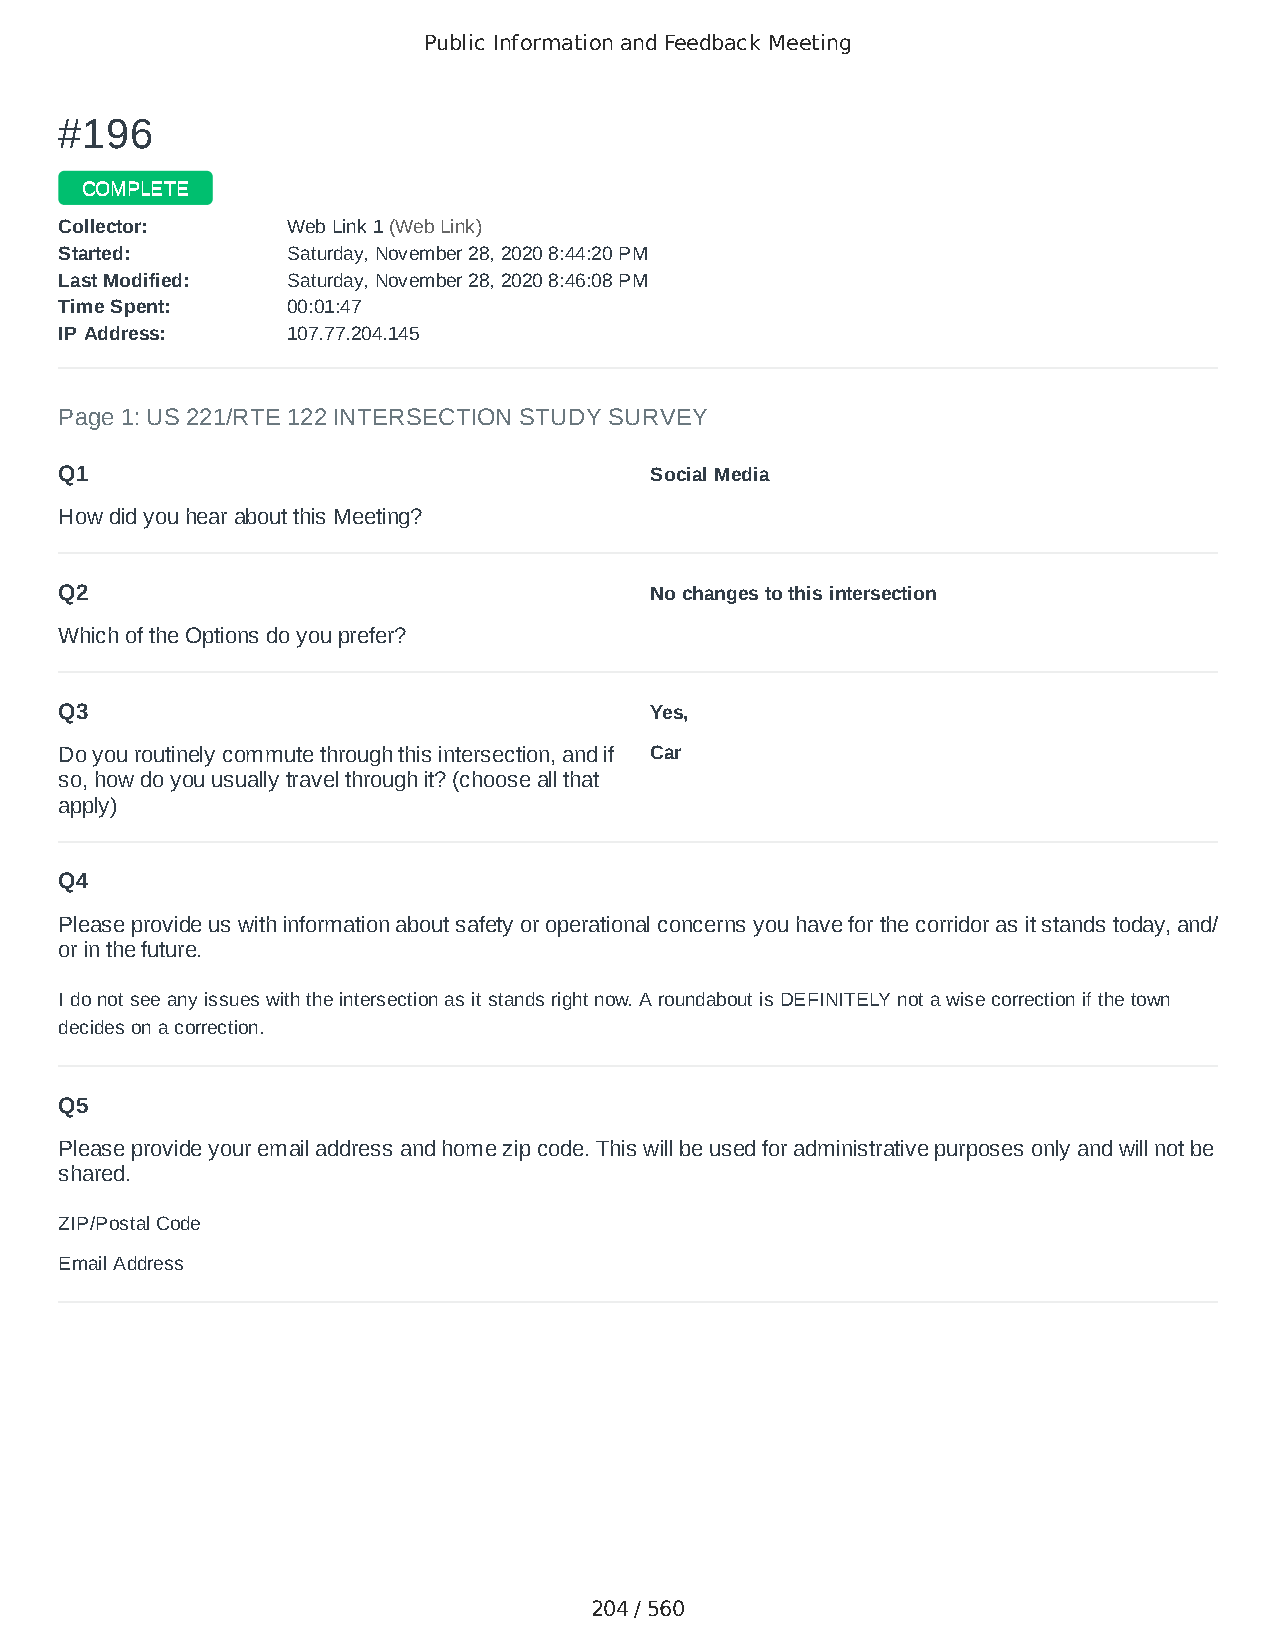
Public Information and Feedback Meeting
 ##119966
 CCOOMMPPLLEETTEE
 CCoolllleeccttoorr:: WWeebb LLiinnkk 11 ((WWeebb LLiinnkk))
 SSttaarrtteedd:: SSaattuurrddaayy,, NNoovveemmbbeerr 2288,, 22002200 88::4444::2200 PPMM
 LLaasstt MMooddiiffiieedd:: SSaattuurrddaayy,, NNoovveemmbbeerr 2288,, 22002200 88::4466::0088 PPMM
 TTiimmee SSppeenntt:: 0000::0011::4477
 IIPP AAddddrreessss:: 110077..7777..220044..114455
 Page 1: US 221/RTE 122 INTERSECTION STUDY SURVEY
 Q1                                     Social Media
 How did you hear about this Meeting?
 Q2                                     No changes to this intersection
 Which of the Options do you prefer?
 Q3                                     Yes,
 Do you routinely commute through this intersection, and if Car
 so, how do you usually travel through it? (choose all that
 apply)
 Q4
 Please provide us with information about safety or operational concerns you have for the corridor as it stands today, and/
 or in the future.
 I do not see any issues with the intersection as it stands right now. A roundabout is DEFINITELY not a wise correction if the town
 decides on a correction.
 Q5
 Please provide your email address and home zip code. This will be used for administrative purposes only and will not be
 shared.
 ZIP/Postal Code                        24523
 Email Address                          katbird87@yahoo.com
 204 / 560